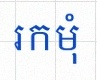
រកមុំ